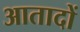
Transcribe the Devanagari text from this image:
आतादों